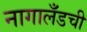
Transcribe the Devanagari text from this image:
नागालँडची